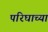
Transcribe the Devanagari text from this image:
परिघाच्या